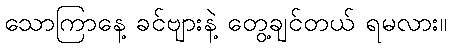
သောကြာနေ့ ခင်ဗျားနဲ့ တွေ့ချင်တယ် ရမလား။